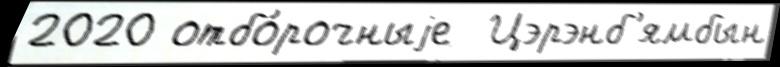
2020 отбо́рочныjе  Цэрэнб'ямбын